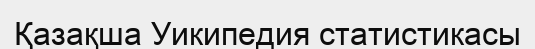
Қазақша Уикипедия статистикасы